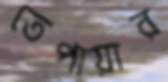
তেপায়ার